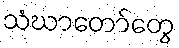
သံဃာတော်တွေ